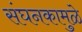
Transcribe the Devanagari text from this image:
संघनकामुळे